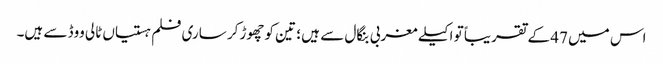
اس میں 47 کے تقریباً تو اکیلے مغربی بنگال سے ہیں ؛ تین کو چھوڑ‌کر ساری فلم ہستیاں ٹالی ووڈ سے ہیں۔